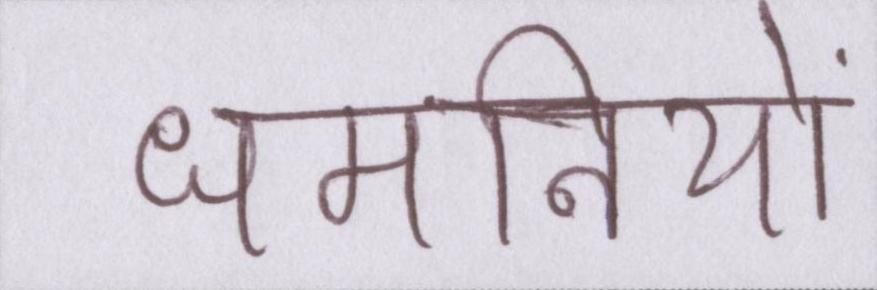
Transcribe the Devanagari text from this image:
धमनियों